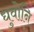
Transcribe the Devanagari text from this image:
धुवोनि